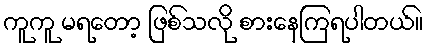
ကူကူ မရတော့ ဖြစ်သလို စားနေကြရပါတယ်။